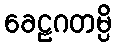
ခေဠဂတမ္ပိ